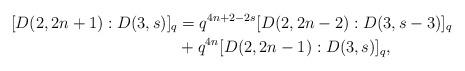
LaTeX: \begin{align*}[D(2,2n+1):D(3,s)]_q&=q^{4n+2-2s}[D(2,2n-2):D(3,s-3)]_q&\\&+q^{4n}[D(2,2n-1):D(3,s)]_q,\end{align*}